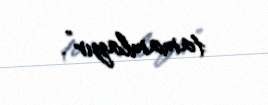
tamamlayır”.